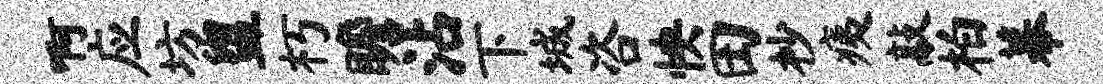
啊应坊盥朽瞻沾下城咨怏田杪痍敲柏幕